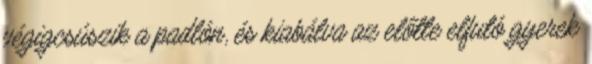
végigcsúszik a padlón, és kiabálva az előtte elfutó gyerek